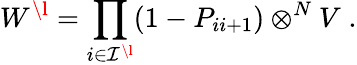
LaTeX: W^{\l}=\prod_{i\in\mathcal{I}^{\l}}(1-P_{ii+1})\otimes^{N}V\; .